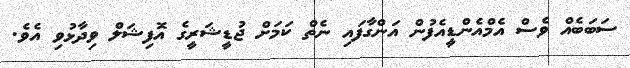
ސަބަބެއް ވެސް އެމްއެންޑީއެފުން އަންގާފައި ނެތް ކަމަށް ޖުޑީޝަރީގެ އޮފިޝަލް ވިދާޅުވި އެވެ.